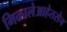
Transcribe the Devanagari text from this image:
मिळालेआहेतसेच